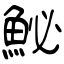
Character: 鮅